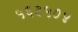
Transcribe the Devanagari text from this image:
५६३५०४